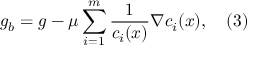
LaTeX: g _ { b } = g - \mu \sum _ { i = 1 } ^ { m } { \frac { 1 } { c _ { i } ( x ) } } \nabla c _ { i } ( x ) , \quad ( 3 )